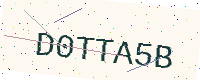
Text: D0TTA5B